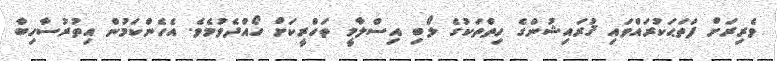
ވެރިރަށް ފަތަޙަކުރައްވައި ޤުރައިޝުންގެ ހިތްތަކުގެ ލޯބި އިސްލާމީ ތަހްރީކަށް ހޯއްދެވުމެވެ. އެހެންކަމުން އިތުރުސާހިބާ